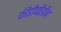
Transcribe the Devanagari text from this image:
फीडीप्पीडीज